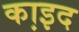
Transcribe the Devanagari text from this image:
का़इद